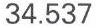
34.537